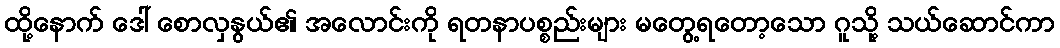
ထို့နောက် ဒေါ် စောလှနွယ်၏ အလောင်းကို ရတနာပစ္စည်းများ မတွေ့ရတော့သော ဂူသို့ သယ်ဆောင်ကာ